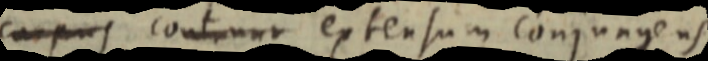
corpus contuur extensum conjungens